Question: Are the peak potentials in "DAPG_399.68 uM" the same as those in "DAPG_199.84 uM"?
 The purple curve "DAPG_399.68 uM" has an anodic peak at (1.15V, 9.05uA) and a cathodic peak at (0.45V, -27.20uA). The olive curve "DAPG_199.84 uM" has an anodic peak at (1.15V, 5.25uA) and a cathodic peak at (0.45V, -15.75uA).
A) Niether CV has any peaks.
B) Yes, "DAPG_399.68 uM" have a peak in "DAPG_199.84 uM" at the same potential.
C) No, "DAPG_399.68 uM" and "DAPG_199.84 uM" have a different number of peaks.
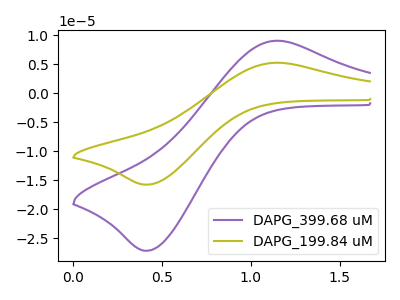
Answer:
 <answer>B) Yes, "DAPG_399.68 uM" have a peak in "DAPG_199.84 uM" at the same potential.</answer>
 <eval>B</eval>